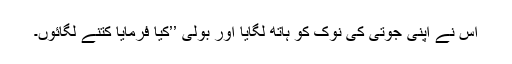
اس نے اپنی جوتی کی نوک کو ہاتھ لگایا اور بولی ’’کیا فرمایا کتنے لگائوں۔